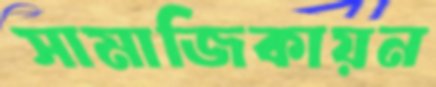
সামাজিকায়ন